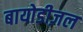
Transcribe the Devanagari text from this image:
बायोडीज़ल